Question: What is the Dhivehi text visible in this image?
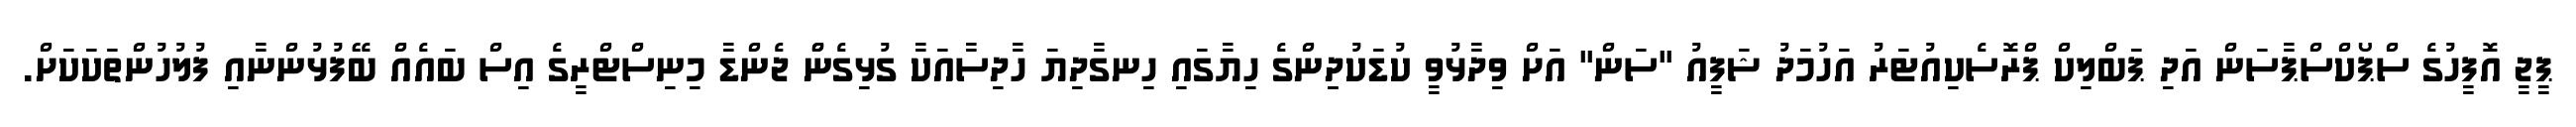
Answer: ޕީޖީ އޮފީހުގެ ސްޕޯކްސްޕާސަން އަދި ޕަބްލިކް ޕްރޮސެކިއުޓަރު އަހުމަދު ޝަފީއު "ސަން" އަށް ވިދާޅުވީ ކުޑަކުދިިންގެ ހިޔާގައި ހިނގާދިޔަ ހާދިސާއަކާ ގުޅިގެންް ޖެންޑާ މިނިސްޓްރީގެ އިސް ބައެއް ބޭފުޅުންނާއި ފުލުހުންތަކަކަށް.